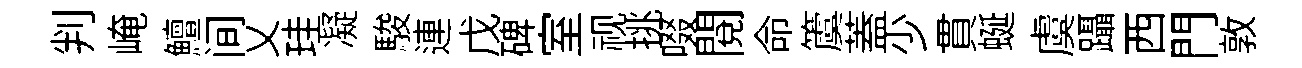
判崦鱣间乂珪凝駿連戊碑室视挑啜閲命𥵂蓋少貫蜒虞躡西門敦